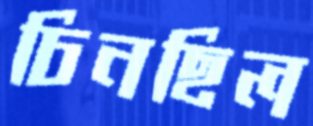
চিনছিল